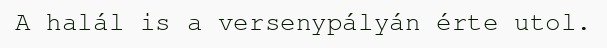
A halál is a versenypályán érte utol.